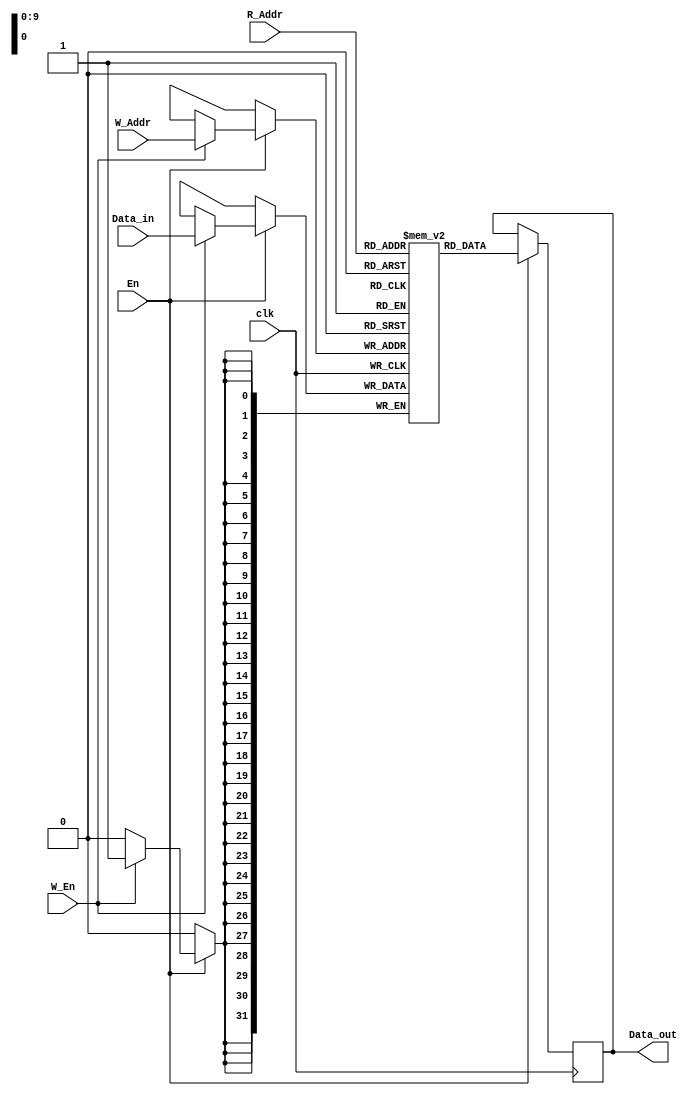
module URAM(
	Data_in,	// W
	R_Addr,	// R
	W_Addr,	// W
	W_En,	// W
	En,
	clk,
	Data_out	// R
	);
parameter DATA_W = 32;
parameter ADDR_W = 10;
localparam DEPTH = (2**ADDR_W);

input [DATA_W-1:0] Data_in;
input [ADDR_W-1:0] R_Addr, W_Addr;
input W_En;
input En;
input clk;
output reg [DATA_W-1:0] Data_out;

reg [DATA_W-1:0] ram [DEPTH-1:0];
reg [11:0] i;
initial for (i=0; i<1024; i=i+1) begin
	ram[i] = 0;  	
end
always @(posedge clk) begin
	if (En) begin
		Data_out <= ram[R_Addr];
		if (W_En) begin
			ram[W_Addr] <= Data_in;
		end
	end	
end    
					
endmodule